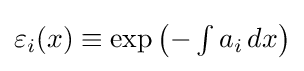
{\textstyle \varepsilon _{i}(x)\equiv \exp {\left(-\int a_{i}\,dx\right)}}